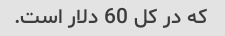
که در کل 60 دلار است.